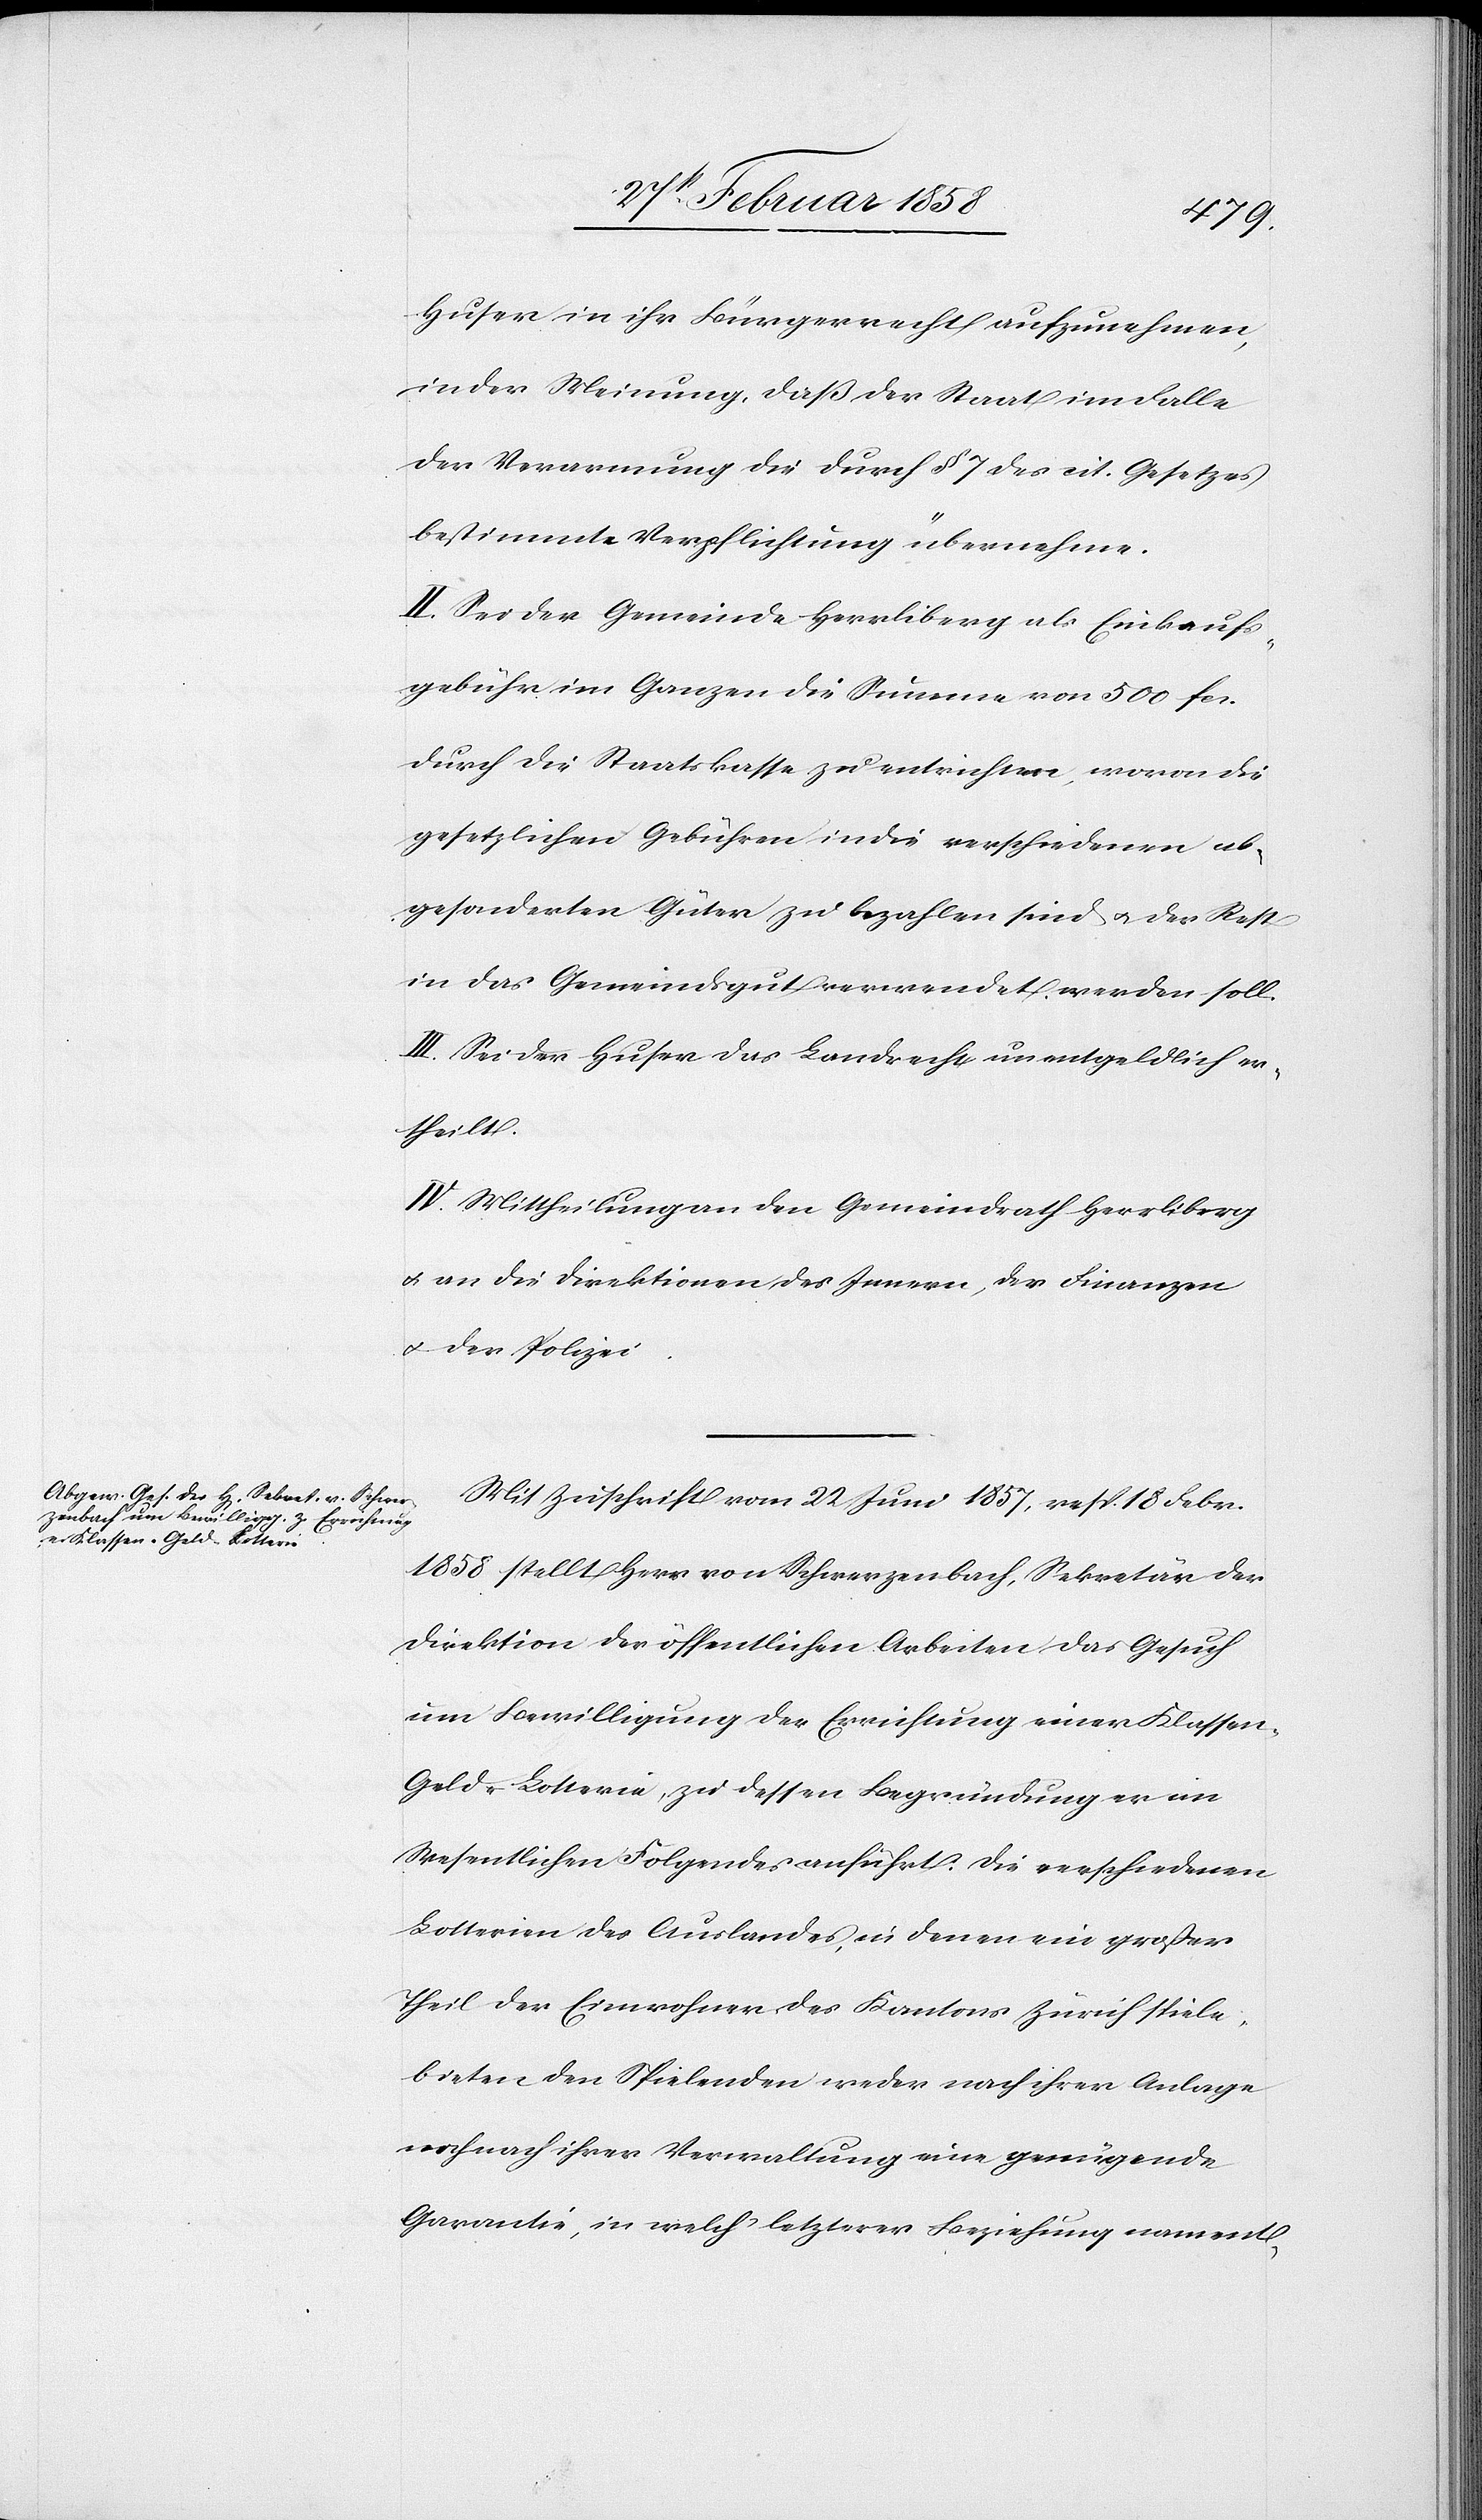
Huser in ihr Bürgerrecht aufzunehmen,
in der Meinung, daß der Staat im Falle
der Verwarnung die durch § 7 des cit. Gesetzes
bestimmte Verpflichtung übernehme.
II. Sei der Gemeinde Herrliberg als Einkaufs¬
gebühr im Ganzen die Summe von 500 fcs.
durch die Staatskasse zu entrichten, wovon die
gesetzlichen Gebühren in die verschiedenen ab¬
gesonderten Güter zu bezahlen sind u. der Rest
in das Gemeindsgut verwendet werden soll.
III. Sei der Huser das Landrecht unentgeldlich er¬
theilt.
IV. Mittheilung an den Gemeindrath Herrliberg
u. an die Direktionen des Innern, der Finanzen
u. der Polizei.
Mit Zuschrift vom 22 Juni 1857, resp. 18 Febr.
1858 stellt Herr von Schwerzenbach, Sekretär der
Direktion der öffentlichen Arbeiten das Gesuch
um Bewilligung der Errichtung einer Klasse¬
n-Geld-Lotterie, zu dessen Begründung er im
Wesentlichen Folgendes anführt: Die verschiedenen
Lotterien des Auslandes, in denen ein großer
Theil der Einwohner des Kantons Zürich spiele,
bieten den Spielenden weder nach ihrer Anlage
noch nach ihrer Verwaltung eine genügende
Garantie, in welch’ letzterer Beziehung namentl-